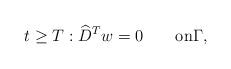
LaTeX: \begin{align*}t\geq T: \widehat {D}^Tw=0 \qquad\hbox{on}\Gamma,\end{align*}